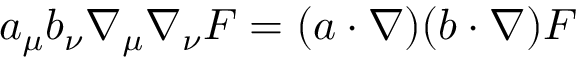
a _ { \mu } b _ { \nu } \nabla _ { \mu } \nabla _ { \nu } F = ( a \cdot \nabla ) ( b \cdot \nabla ) F